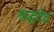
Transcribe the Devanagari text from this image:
श्रद्धदेव